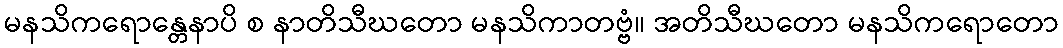
မနသိကရောန္တေနာပိ စ နာတိသီဃတော မနသိကာတဗ္ဗံ။ အတိသီဃတော မနသိကရောတော